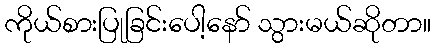
ကိုယ်စားပြုခြင်းပေါ့နော် သွားမယ်ဆိုတာ။